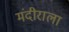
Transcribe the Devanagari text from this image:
मंदीराला